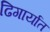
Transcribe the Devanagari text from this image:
ढिगार्यात